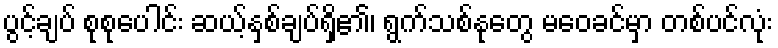
ပွင့်ချပ် စုစုပေါင်း ဆယ့်နှစ်ချပ်ရှိ၏၊ ရွက်သစ်နုတွေ မဝေခင်မှာ တစ်ပင်လုံး